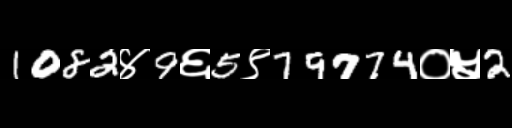
Text: 1082४9६5९79774०५2